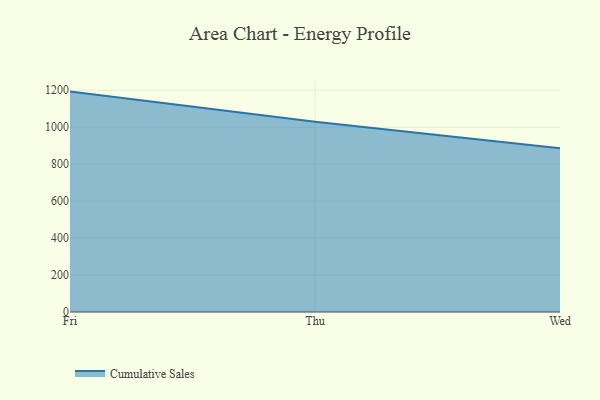
{"axis": {"x": "Day", "y": "Tickets Resolved"}, "legend": ["Cumulative Sales"], "data": [{"x": "Fri", "y": 1192.7, "type": "Cumulative Sales"}, {"x": "Thu", "y": 1029.0, "type": "Cumulative Sales"}, {"x": "Wed", "y": 885.7, "type": "Cumulative Sales"}]}